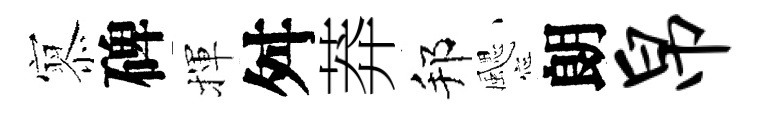
𡪹碑揮舛莽邦颸朗帛